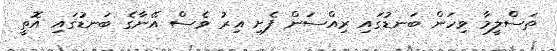
ތަސްލީމާ ވިހަން ބަނޑުގައި ރިއްސަން ފެށި އިރު ވެސް އޭނާގެ ބަނޑުގައި އޮތީ